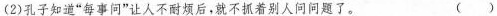
(2)孔子知道”每事问”让人不耐烦后，就不抓着别人问问题了。 ( )